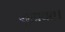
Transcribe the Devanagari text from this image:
सुहावत।